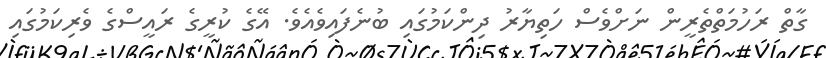
ގާތް ރަހުމަތްތެރީން ނަށްވެސް ހަތިޔާރު ދިންކަމުގައި ބުނެފައިވެއެވެ. އޭގެ ކުރީގެ ރައީސްގެ ވެރިކަމުގައި